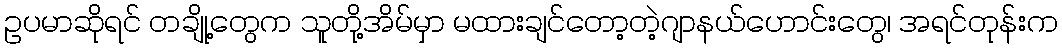
ဥပမာဆိုရင် တချို့တွေက သူတို့အိမ်မှာ မထားချင်တော့တဲ့ဂျာနယ်ဟောင်းတွေ၊ အရင်တုန်းက